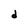
Character: d